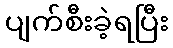
ပျက်စီးခဲ့ရပြီး